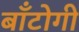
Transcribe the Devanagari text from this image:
बाँटोगी